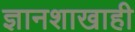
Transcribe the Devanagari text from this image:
ज्ञानशाखाही